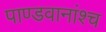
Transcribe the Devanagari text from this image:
पाण्डवानांश्च